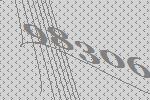
98306